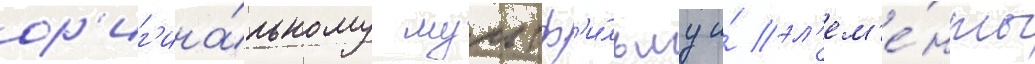
ор'иг'ина́льному мультф'и́льму и́ эл'ем'е́нты